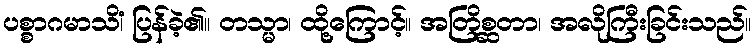
ပစ္စာဂမာသိံ၊ ပြန်ခဲ့၏။ တသ္မာ၊ ထို့ကြောင့်။ အတြိစ္ဆတာ၊ အလိုကြီးခြင်းသည်။